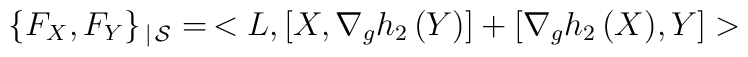
\{F_X,F_Y\}_{\, |\,{\cal S}}=\,<L, [X,\nabla_g h_2\, (Y)]+[\nabla_g h_2\, (X),Y]>